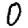
Digit: 0